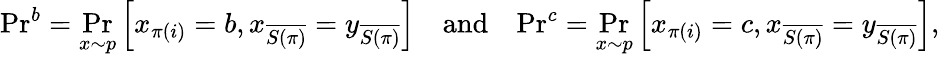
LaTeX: \mathrm{Pr}^{b}=\operatorname*{Pr}_{x\sim p}\left[x_{\pi(i)}=b,x_{\overline{{S(\pi)}}}=y_{\overline{{S(\pi)}}}\right]\quad\mathrm{and}\quad\mathrm{Pr}^{c}=\operatorname*{Pr}_{x\sim p}\left[x_{\pi(i)}=c,x_{\overline{{S(\pi)}}}=y_{\overline{{S(\pi)}}}\right],